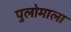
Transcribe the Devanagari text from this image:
पुलोमाला